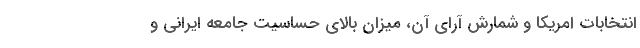
انتخابات امریکا و شمارش آرای آن، میزان بالای حساسیت جامعه ایرانی و